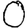
Digit: 0